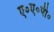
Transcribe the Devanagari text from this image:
ए०ए०पी०